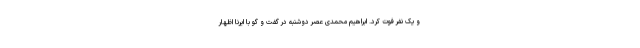
و یک نفر فوت کرد. ابراهیم محمدی عصر دوشنبه در گفت و گو با ایرنا اظهار